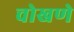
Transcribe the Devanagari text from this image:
चोखणे